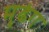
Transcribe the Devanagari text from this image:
मृढंग